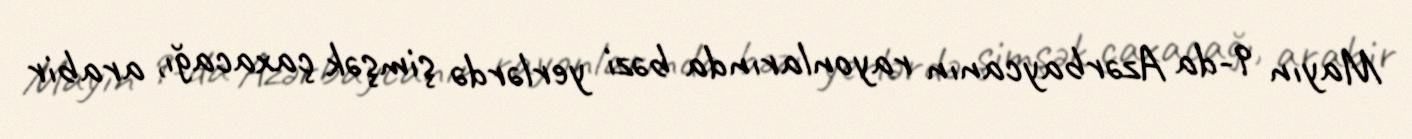
Mayın 9-da Azərbaycanın rayonlarında bəzi yerlərdə şimşək çaxacağı, arabir